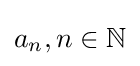
a_{n},n\in \mathbb {N}